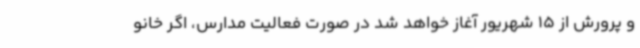
و پرورش از 15 شهریور آغاز خواهد شد در صورت فعالیت مدارس، اگر خانو